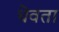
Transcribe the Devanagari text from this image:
धेवता